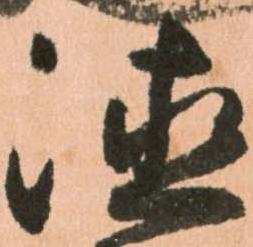
徳